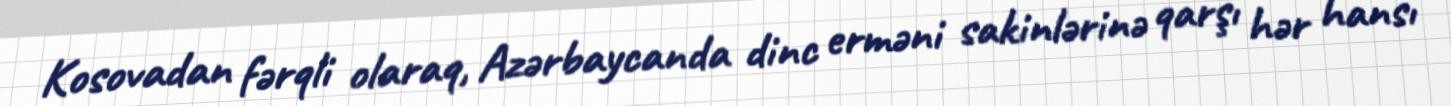
Kosovadan fərqli olaraq, Azərbaycanda dinc erməni sakinlərinə qarşı hər hansı